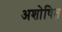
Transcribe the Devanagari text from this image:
अशोषित